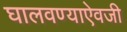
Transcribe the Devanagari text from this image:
घालवण्याऐवजी